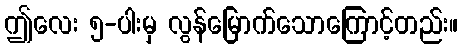
ဤလေး ၅-ပါးမှ လွန်မြောက်သောကြောင့်တည်း။